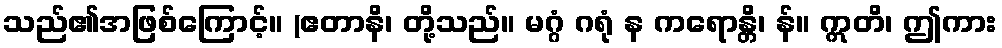
သည်၏အဖြစ်ကြောင့်။ (ဧတာနိ၊ တို့သည်။ မဂ္ဂံ ဂရုံ န ကရောန္တိ၊ န်။ ဣတိ၊ ဤကား